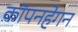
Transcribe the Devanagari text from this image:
कॉपनहेगन